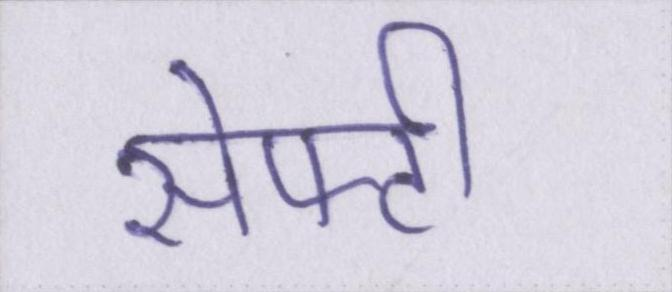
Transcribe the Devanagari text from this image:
सेफ्टी